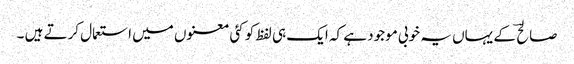
صالح ؔ کے یہاں یہ خوبی موجود ہے کہ ایک ہی لفظ کو کئی معنوں میں استعمال کرتے ہیں ۔